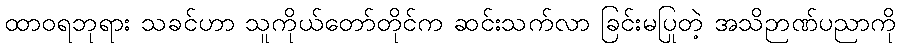
ထာဝရဘုရား သခင်ဟာ သူကိုယ်တော်တိုင်က ဆင်းသက်လာ ခြင်းမပြုတဲ့ အသိဉာဏ်ပညာကို